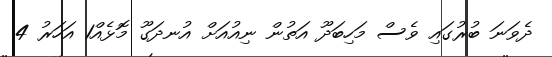
ދެވަނަ ބުރުގައި ވެސް މަހިބަދޫ އަތުން ނިއުއަށް އުނދަގޫ މޮޅެއް1 އަހަރު 4